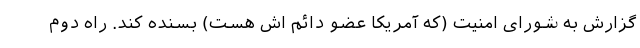
گزارش به شورای امنیت (که آمریکا عضو دائم اش هست) بسنده کند. راه دوم